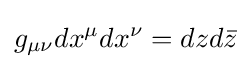
g_{\mu \nu }dx^{\mu }dx^{\nu }=dzd{\bar {z}}